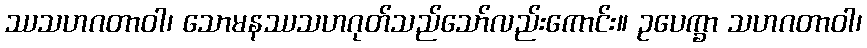
ဿသဟဂတာဝါ၊ သောမနဿသဟဂုတ်သည်သော်လည်းကောင်း။ ဥပေက္ခာ သဟဂတာဝါ၊